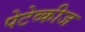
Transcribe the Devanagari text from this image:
पेटेव्कीज